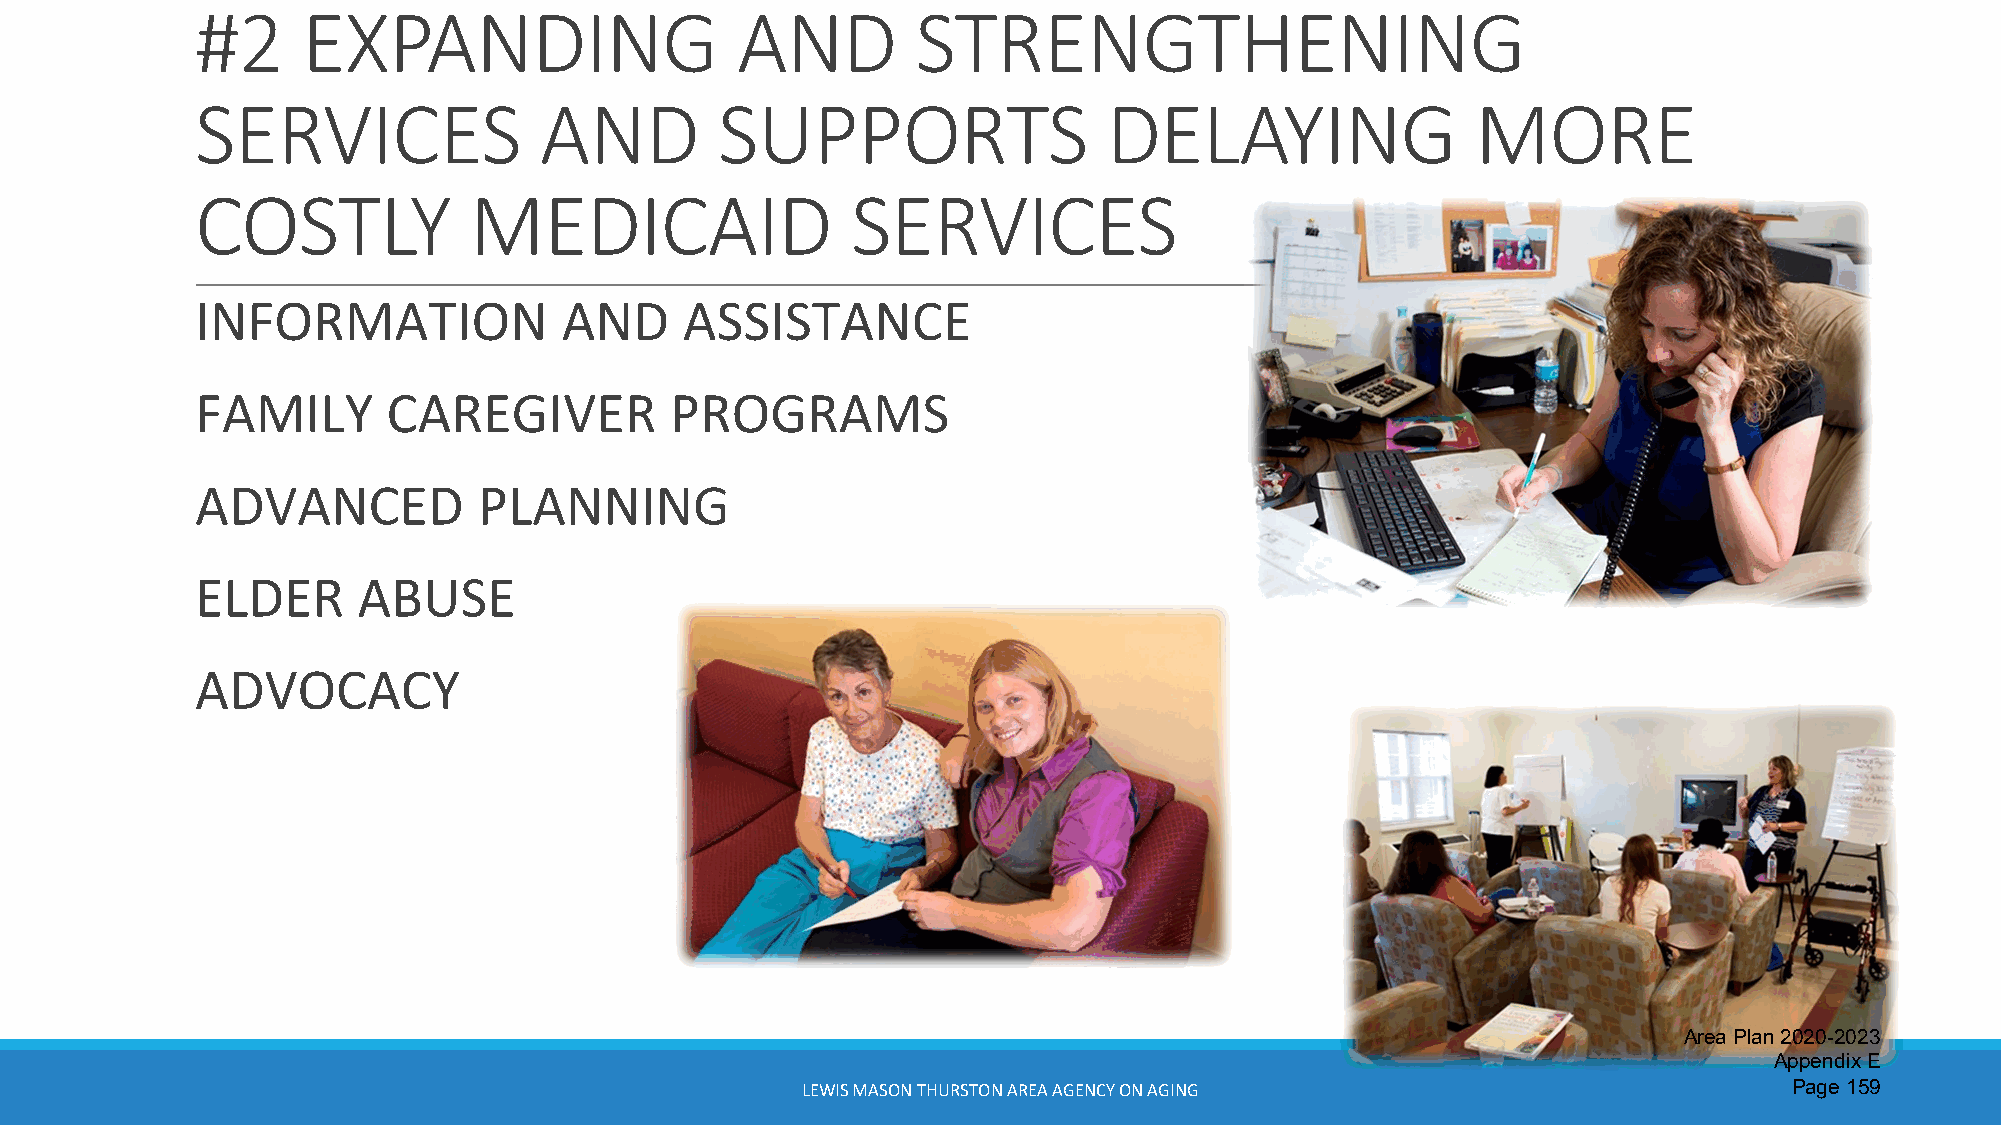
#2     EXPANDING                    AND         STRENGTHENING
 SERVICES               AND         SUPPORTS                 DELAYING                 MORE
 COSTLY            MEDICAID                 SERVICES
 INFORMATION             AND     ASSISTANCE
 FAMILY       CAREGIVER         PROGRAMS
 ADVANCED           PLANNING
 ELDER      ABUSE
 ADVOCACY
 Area Plan 2020-2023
 Appendix E
 LEWIS MASON THURSTON AREA AGENCY ON AGING                         Page 159